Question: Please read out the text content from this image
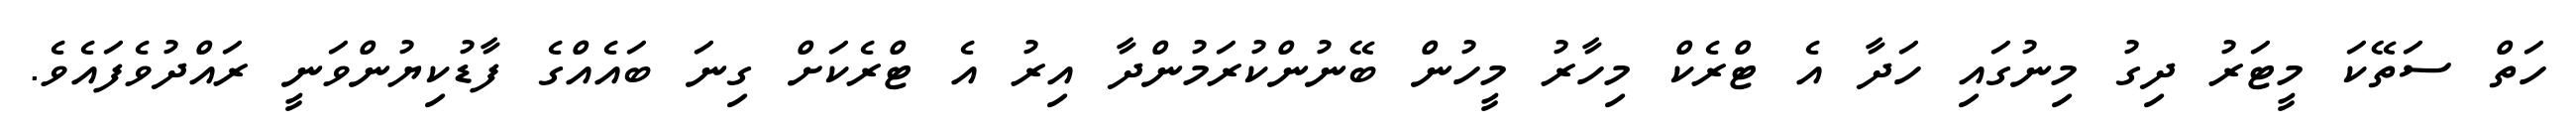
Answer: ހަތް ސަތޭކަ މީޓަރު ދިގު މިނުގައި ހަދާ އެ ޓްރެކް މިހާރު މީހުން ބޭނުންކުރަމުންދާ އިރު އެ ޓްރެކަށް ގިނަ ބައެއްގެ ފާޑުކިޔުންވަނީ ރައްދުވެފައެވެ.